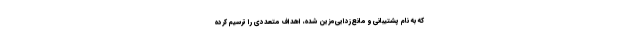
که به نام پشتیبانی و مانع‌زدایی‌مزین شده، اهداف متعددی را ترسیم کرده